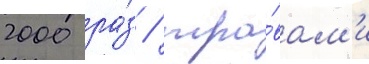
2000 ра́з / тра́вам'и